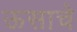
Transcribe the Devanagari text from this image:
ऊसाचे